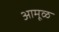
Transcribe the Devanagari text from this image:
आमूळ